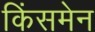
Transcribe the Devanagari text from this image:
किंसमेन